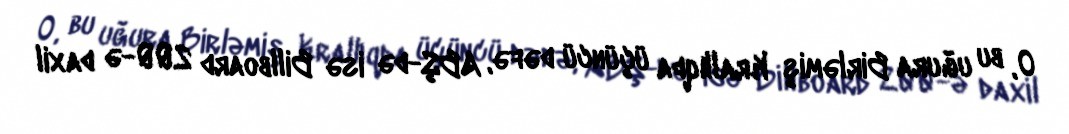
O, bu uğura Birləmiş Krallıqda üçüncü dəfə, ABŞ-də isə Billboard 200-ə daxil